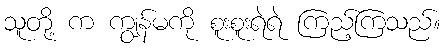
သူတို့ က ကျွန်မကို စူးစူးရဲရဲ ကြည့်ကြသည်။